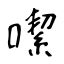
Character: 噄